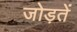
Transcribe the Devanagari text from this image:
जोड़तें